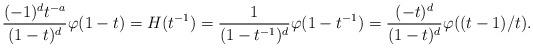
LaTeX: \begin{align*} \frac{(-1)^dt^{-a}}{(1-t)^d}\varphi(1-t) = H(t^{-1}) = \frac{1}{(1-t^{-1})^d}\varphi(1-t^{-1}) = \frac{(-t)^d}{(1-t)^d}\varphi((t-1)/t).\end{align*}